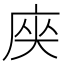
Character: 𭙟